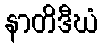
နာတိဒီဃံ